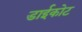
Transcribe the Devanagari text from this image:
डाईकोट